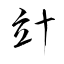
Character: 竍